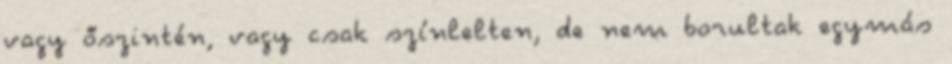
vagy őszintén, vagy csak színlelten, de nem borultak egymás